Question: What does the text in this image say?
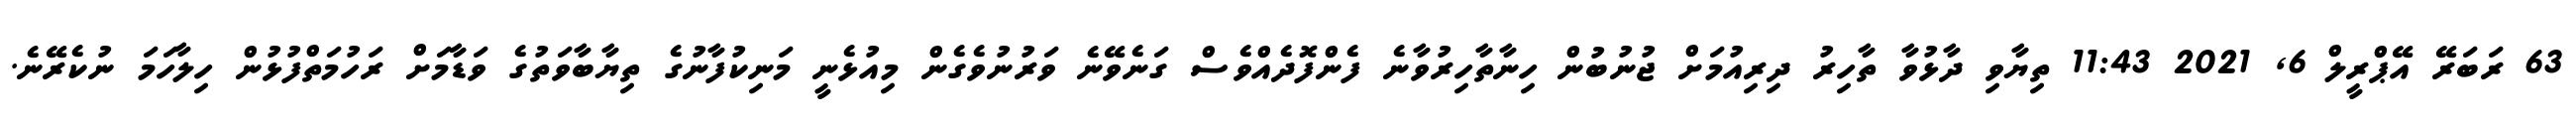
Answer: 63 ރަބަރޭ އޭޕްރީލް 6, 2021 11:43 ތިޔާވި ދާޅުވާ ތާހިރު ދިރިއުމަށް ޖުނުބުން ހިނާތާހިރުވާނެ ފެންފޮދެއްވެސް ގަނެވޭނެ ވަރުނުވެގެން މިއުޅެނީ މަނިކުފާނުގެ ތިޔާބާވަތުގެ ވަޑާމަށް ރަހުމަތްފުޅުން ހިލާހަމަ ނުކެރޭނެ.